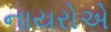
નાયરોએ